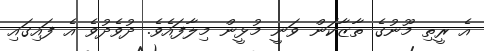
އެ ރީތި މޫނުގެ ތާޒާކަން ވަނީ މުޅީން މިލާފައެވެ. ދުވެދުވެ އެ ފައިގައި